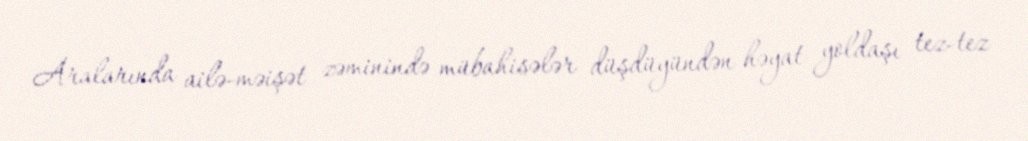
Aralarında ailə-məişət zəminində mübahisələr düşdüyündən həyat yoldaşı tez-tez